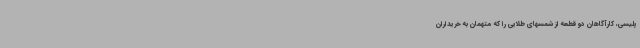
پلیسی، کارآگاهان دو قطعه از شمسهای طلایی را که متهمان به خریداران